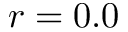
r = 0 . 0